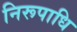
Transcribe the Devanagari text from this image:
निरूपाधि